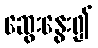
ဆွေးနွေး၍